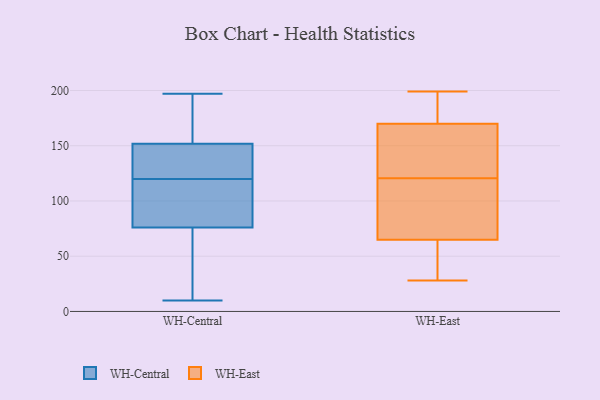
{"axis": {"x": "Headcount", "y": "Value"}, "legend": ["WH-Central", "WH-East"], "data": [{"x": "", "y": 88, "type": "WH-Central"}, {"x": "", "y": 115, "type": "WH-Central"}, {"x": "", "y": 196, "type": "WH-Central"}, {"x": "", "y": 120, "type": "WH-Central"}, {"x": "", "y": 156, "type": "WH-Central"}, {"x": "", "y": 64, "type": "WH-Central"}, {"x": "", "y": 53, "type": "WH-Central"}, {"x": "", "y": 137, "type": "WH-Central"}, {"x": "", "y": 10, "type": "WH-Central"}, {"x": "", "y": 91, "type": "WH-Central"}, {"x": "", "y": 72, "type": "WH-Central"}, {"x": "", "y": 197, "type": "WH-Central"}, {"x": "", "y": 125, "type": "WH-Central"}, {"x": "", "y": 139, "type": "WH-Central"}, {"x": "", "y": 185, "type": "WH-Central"}, {"x": "", "y": 122, "type": "WH-East"}, {"x": "", "y": 121, "type": "WH-East"}, {"x": "", "y": 170, "type": "WH-East"}, {"x": "", "y": 199, "type": "WH-East"}, {"x": "", "y": 183, "type": "WH-East"}, {"x": "", "y": 65, "type": "WH-East"}, {"x": "", "y": 120, "type": "WH-East"}, {"x": "", "y": 77, "type": "WH-East"}, {"x": "", "y": 28, "type": "WH-East"}, {"x": "", "y": 48, "type": "WH-East"}]}